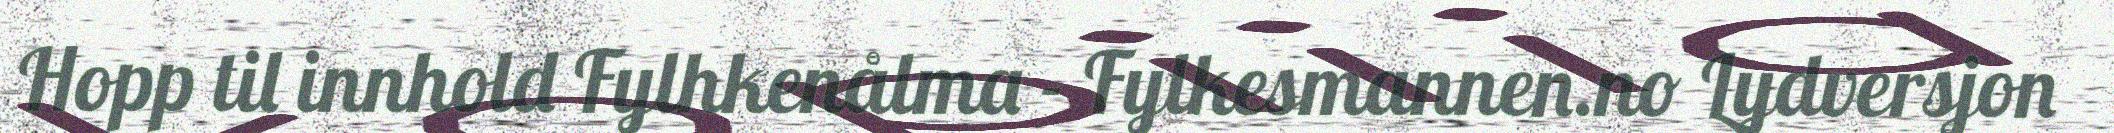
Hopp til innhold Fylhkenålma - Fylkesmannen.no Lydversjon